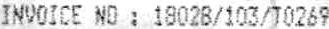
INVOICE NO : 18028/103/T0269